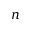
n